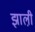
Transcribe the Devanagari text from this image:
झाली़